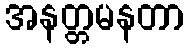
အနတ္တမနတာ